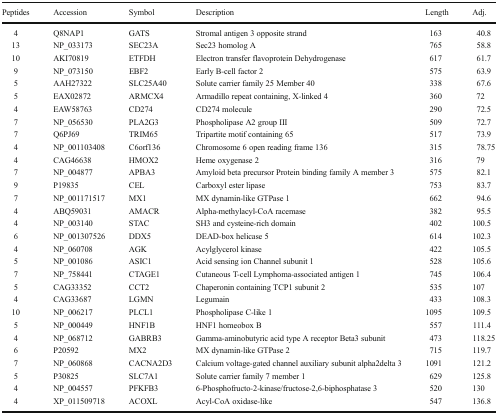
<table><thead><tr><td><b>Peptides</b></td><td><b>Accession</b></td><td><b>Symbol</b></td><td><b>Description</b></td><td><b>Length</b></td><td><b>Adj.</b></td></tr></thead><tbody><tr><td>4</td><td>Q8NAP1</td><td>GATS</td><td>Stromal antigen 3 opposite strand</td><td>163</td><td>40.8</td></tr><tr><td>13</td><td>NP_033173</td><td>SEC23A</td><td>Sec23 homolog A</td><td>765</td><td>58.8</td></tr><tr><td>10</td><td>AKI70819</td><td>ETFDH</td><td>Electron transfer flavoprotein Dehydrogenase</td><td>617</td><td>61.7</td></tr><tr><td>9</td><td>NP_073150</td><td>EBF2</td><td>Early B-cell factor 2</td><td>575</td><td>63.9</td></tr><tr><td>5</td><td>AAH27322</td><td>SLC25A40</td><td>Solute carrier family 25 Member 40</td><td>338</td><td>67.6</td></tr><tr><td>5</td><td>EAX02872</td><td>ARMCX4</td><td>Armadillo repeat containing, X-linked 4</td><td>360</td><td>72</td></tr><tr><td>4</td><td>EAW58763</td><td>CD274</td><td>CD274 molecule</td><td>290</td><td>72.5</td></tr><tr><td>7</td><td>NP_056530</td><td>PLA2G3</td><td>Phospholipase A2 group III</td><td>509</td><td>72.7</td></tr><tr><td>7</td><td>Q6PJ69</td><td>TRIM65</td><td>Tripartite motif containing 65</td><td>517</td><td>73.9</td></tr><tr><td>4</td><td>NP_001103408</td><td>C6orf136</td><td>Chromosome 6 open reading frame 136</td><td>315</td><td>78.75</td></tr><tr><td>4</td><td>CAG46638</td><td>HMOX2</td><td>Heme oxygenase 2</td><td>316</td><td>79</td></tr><tr><td>7</td><td>NP_004877</td><td>APBA3</td><td>Amyloid beta precursor Protein binding family A member 3</td><td>575</td><td>82.1</td></tr><tr><td>9</td><td>P19835</td><td>CEL</td><td>Carboxyl ester lipase</td><td>753</td><td>83.7</td></tr><tr><td>7</td><td>NP_001171517</td><td>MX1</td><td>MX dynamin-like GTPase 1</td><td>662</td><td>94.6</td></tr><tr><td>4</td><td>ABQ59031</td><td>AMACR</td><td>Alpha-methylacyl-CoA racemase</td><td>382</td><td>95.5</td></tr><tr><td>4</td><td>NP_003140</td><td>STAC</td><td>SH3 and cysteine-rich domain</td><td>402</td><td>100.5</td></tr><tr><td>6</td><td>NP_001307526</td><td>DDX5</td><td>DEAD-box helicase 5</td><td>614</td><td>102.3</td></tr><tr><td>4</td><td>NP_060708</td><td>AGK</td><td>Acylglycerol kinase</td><td>422</td><td>105.5</td></tr><tr><td>5</td><td>NP_001086</td><td>ASIC1</td><td>Acid sensing ion Channel subunit 1</td><td>528</td><td>105.6</td></tr><tr><td>7</td><td>NP_758441</td><td>CTAGE1</td><td>Cutaneous T-cell Lymphoma-associated antigen 1</td><td>745</td><td>106.4</td></tr><tr><td>5</td><td>CAG33352</td><td>CCT2</td><td>Chaperonin containing TCP1 subunit 2</td><td>535</td><td>107</td></tr><tr><td>4</td><td>CAG33687</td><td>LGMN</td><td>Legumain</td><td>433</td><td>108.3</td></tr><tr><td>10</td><td>NP_006217</td><td>PLCL1</td><td>Phospholipase C-like 1</td><td>1095</td><td>109.5</td></tr><tr><td>5</td><td>NP_000449</td><td>HNF1B</td><td>HNF1 homeobox B</td><td>557</td><td>111.4</td></tr><tr><td>4</td><td>NP_068712</td><td>GABRB3</td><td>Gamma-aminobutyric acid type A receptor Beta3 subunit</td><td>473</td><td>118.25</td></tr><tr><td>6</td><td>P20592</td><td>MX2</td><td>MX dynamin-like GTPase 2</td><td>715</td><td>119.7</td></tr><tr><td>7</td><td>NP_060868</td><td>CACNA2D3</td><td>Calcium voltage-gated channel auxiliary subunit alpha2delta 3</td><td>1091</td><td>121.2</td></tr><tr><td>5</td><td>P30825</td><td>SLC7A1</td><td>Solute carrier family 7 member 1</td><td>629</td><td>125.8</td></tr><tr><td>4</td><td>NP_004557</td><td>PFKFB3</td><td>6-Phosphofructo-2-kinase/fructose-2,6-biphosphatase 3</td><td>520</td><td>130</td></tr><tr><td>4</td><td>XP_011509718</td><td>ACOXL</td><td>Acyl-CoA oxidase-like</td><td>547</td><td>136.8</td></tr></tbody></table>